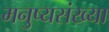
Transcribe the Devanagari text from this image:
मनुष्यसंख्या